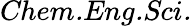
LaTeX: \textit{Chem.Eng.Sci.}